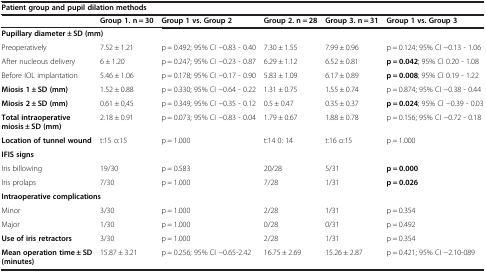
<table><thead><tr><td colspan="6"><b>Patient group and pupil dilation methods</b></td></tr><tr><td><b> </b></td><td><b>Group 1. n = 30</b></td><td><b>Group 1 vs. Group 2</b></td><td><b>Group 2. n = 28</b></td><td><b>Group 3. n = 31</b></td><td><b>Group 1 vs. Group 3</b></td></tr></thead><tbody><tr><td colspan="6"><b>Pupillary diameter ± SD (mm)</b></td></tr><tr><td>Preoperatively</td><td>7.52 ± 1.21</td><td>p = 0.492; 95% CI −0.83 - 0.40</td><td>7.30 ± 1.55</td><td>7.99 ± 0.96</td><td>p = 0.124; 95% CI −0.13 - 1.06</td></tr><tr><td>After nucleous delivery</td><td>6 ± 1.20</td><td>p = 0.247; 95% CI −0.23 - 0.87</td><td>6.29 ± 1.12</td><td>6.52 ± 0.81</td><td><b>p = 0.042</b>; 95% CI 0.20 - 1.08</td></tr><tr><td>Before IOL implantation</td><td>5.46 ± 1.06</td><td>p = 0.178; 95% CI −0.17 - 0.90</td><td>5.83 ± 1.09</td><td>6.17 ± 0.89</td><td><b>p = 0.008</b>; 95% CI 0.19 - 1.22</td></tr><tr><td><b>Miosis 1 ± SD (mm)</b></td><td>1.52 ± 0.88</td><td>p = 0.330; 95% CI −0.64 - 0.22</td><td>1.31 ± 0.75</td><td>1.55 ± 0.74</td><td>p = 0.874; 95% CI −0.38 - 0.44</td></tr><tr><td><b>Miosis 2 ± SD (mm)</b></td><td>0.61 ± 0,45</td><td>p = 0.349; 95% CI −0.35 - 0.12</td><td>0.5 ± 0.47</td><td>0.35 ± 0.37</td><td><b>p = 0.024</b>; 95% CI −0.39 - 0.03</td></tr><tr><td><b>Total intraoperative miosis ± SD (mm)</b></td><td>2.18 ± 0.91</td><td>p = 0.073; 95% CI −0.83 - 0.04</td><td>1.79 ± 0.67</td><td>1.88 ± 0.78</td><td>p = 0.156; 95% CI −0.72 - 0.18</td></tr><tr><td><b>Location of tunnel wound</b></td><td>t:15 o:15</td><td>p = 1.000</td><td>t:14 0: 14</td><td>t:16 o:15</td><td>p = 1.000</td></tr><tr><td colspan="6"><b>IFIS signs</b></td></tr><tr><td>Iris billowing</td><td>19/30</td><td>p = 0.583</td><td>20/28</td><td>5/31</td><td><b>p = 0.000</b></td></tr><tr><td>Iris prolaps</td><td>7/30</td><td>p = 1.000</td><td>7/28</td><td>1/31</td><td><b>p = 0.026</b></td></tr><tr><td colspan="6"><b>Intraoperative complications</b></td></tr><tr><td>Minor</td><td>3/30</td><td>p = 1.000</td><td>2/28</td><td>1/31</td><td>p = 0.354</td></tr><tr><td>Major</td><td>1/30</td><td>p = 1.000</td><td>0/28</td><td>0/31</td><td>p = 0.492</td></tr><tr><td><b>Use of iris retractors</b></td><td>3/30</td><td>p = 1.000</td><td>2/28</td><td>1/31</td><td>p = 0.354</td></tr><tr><td><b>Mean operation time ± SD (minutes)</b></td><td>15.87 ± 3.21</td><td>p = 0.256; 95% CI −0.65-2.42</td><td>16.75 ± 2.69</td><td>15.26 ± 2.87</td><td>p = 0.421; 95% CI −2.10-089</td></tr></tbody></table>